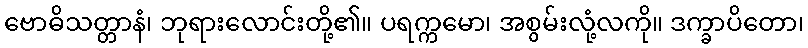
ဗောဓိသတ္တာနံ၊ ဘုရားလောင်းတို့၏။ ပရက္ကမော၊ အစွမ်းလုံ့လကို။ ဒက္ခာပိတော၊